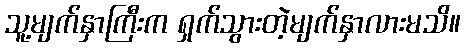
သူ့မျက်နှာကြီးက ရှက်သွားတဲ့မျက်နှာလားမသိ။